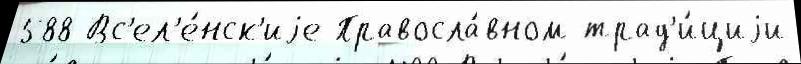
588 Вс'ел'е́нск'иjе Правосла́вном трад'и́циjи